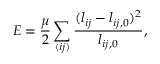
E = \frac { \mu } { 2 } \sum _ { \langle i j \rangle } ^ { } \frac { ( l _ { i j } - l _ { i j , 0 } ) ^ { 2 } } { l _ { i j , 0 } } ,